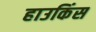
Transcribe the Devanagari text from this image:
हाउकिंस